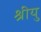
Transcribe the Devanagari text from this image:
श्रीयु